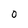
Character: 0